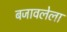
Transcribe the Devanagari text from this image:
बजावलेला